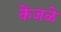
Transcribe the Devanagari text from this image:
केंजळे